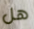
هل